Vaccine operations Central Provinces & Berar 1922-1929 - 1922-1929
Year: 1922
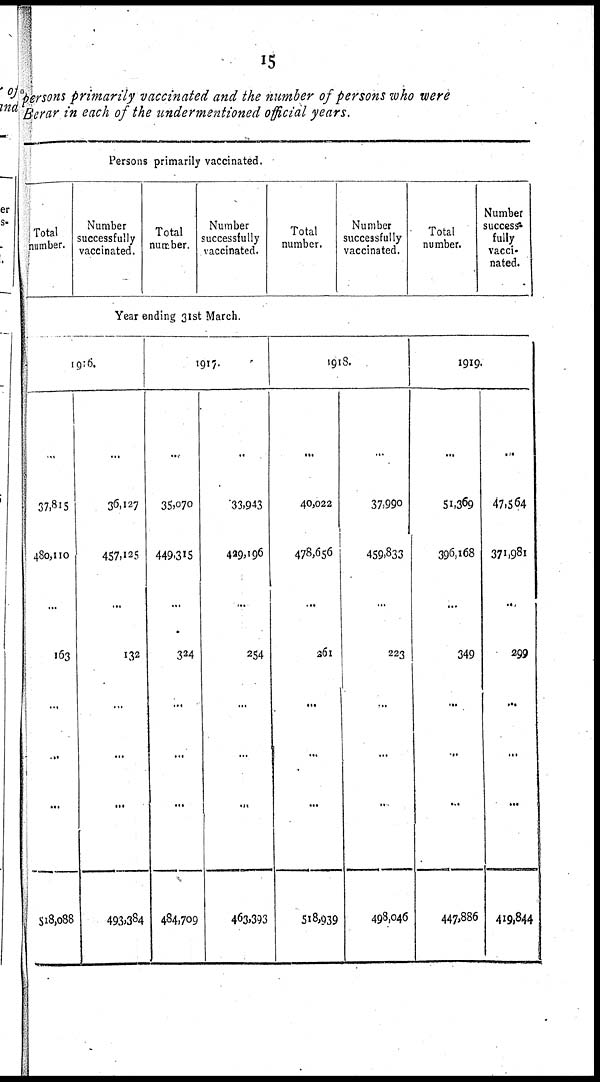
15
persons primarily vaccinated and the number of persons who were
Berar in each of the undermentioned official years.
Persons primarily vaccinated.
Total
number.
Number
successfully
vaccinated.
Total
number.
Number
successfully
vaccinated.
Year ending 31st March.
1916.
...
37,815
480,110
163
...
...
...
518,088
...
36,127
457,125
132
...
...
...
493,384
1917.
...
35,070
449,315
324
...
...
...
484,709
..
33,943
429,196
254
...
...
...
463,393
Total
number.
Number
successfully
vaccinated.
1918.
...
40,022
478,656
261
...
...
...
518,939
...
37,990
459,833
223
..
...
..
498,046
Total
number.
Number
success¬
fully
vacci-
nated.
1919.
...
51,369
396,168
349
...
...
...
447,886
...
47,564
371,981
299
...
...
...
419,844